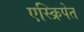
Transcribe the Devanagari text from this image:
एस्क्रिपेत